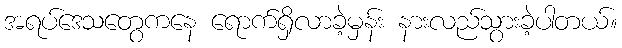
အရပ်ဒေသတွေကနေ ရောက်ရှိလာခဲ့မှန်း နားလည်သွားခဲ့ပါတယ်။